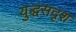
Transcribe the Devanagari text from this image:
युद्धसदृश